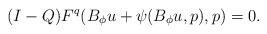
\begin{align*}(I-Q) F^q(B_\phi u + \psi(B_\phi u ,p),p)=0.\end{align*}